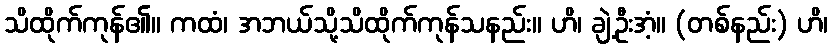
သိထိုက်ကုန်၏။ ကထံ၊ အဘယ်သို့သိထိုက်ကုန်သနည်း။ ဟိ၊ ချဲ့ဦးအံ့။ (တစ်နည်း) ဟိ၊